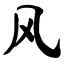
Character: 风